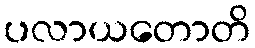
ပလာယတောတိ